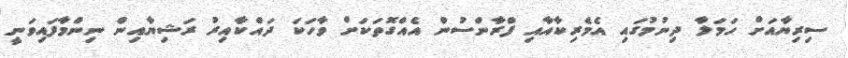
ސިރިޔާއަށް ހަމަލާ ދިނުމުގައި އެމެރިކާއާއި ފްރާންސުން އެއްގޮތަކަށް ވާހަކަ ދައްކާއިރު ރަޝިޔާއިން ނިންމާފައިވަނީ